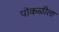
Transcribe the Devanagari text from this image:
पोकळीला